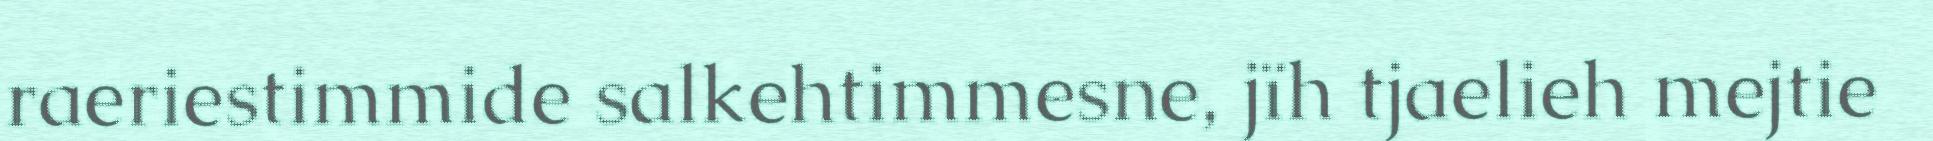
raeriestimmide salkehtimmesne, jïh tjaelieh mejtie